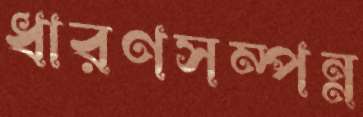
ধারণসম্পন্ন